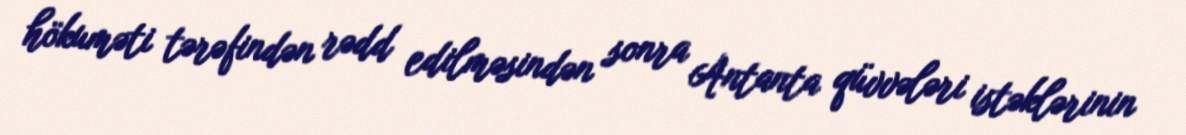
hökuməti tərəfindən rədd edilməsindən sonra Antanta qüvvələri istəklərinin